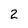
Character: 2